Insane asylums in Bengal annual reports 1876-1887 - 1876-1887
Year: 1876
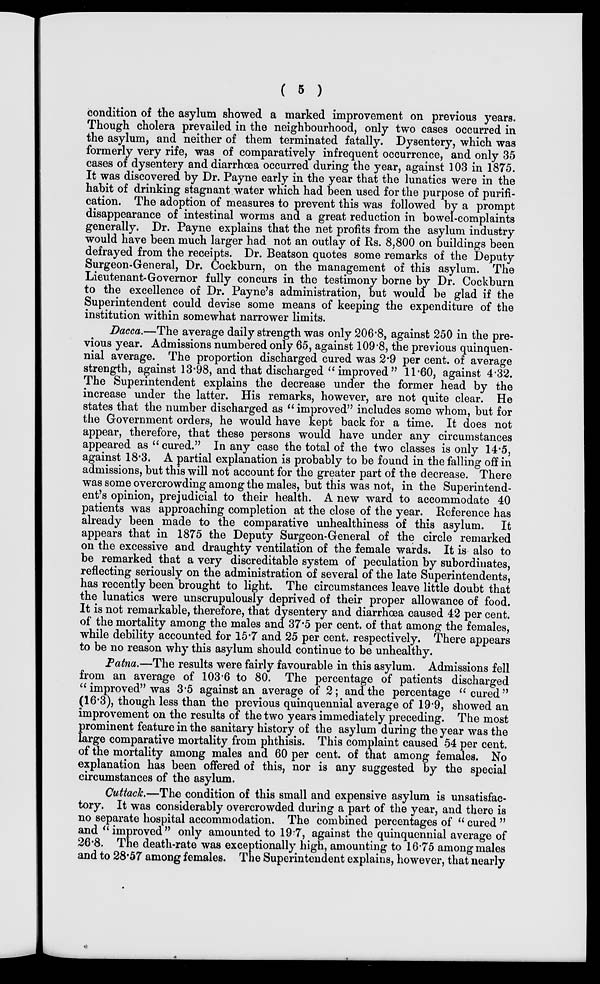
( 5 )
(condition of the asylum showed a marked improvement on previous years.
Though cholera prevailed in the neighbourhood, only two cases occurred in
the asylum, and neither of them terminated fatally. Dysentery, which was
formerly very rife, was of comparatively infrequent occurrence, and only 35
cases of dysentery and diarrhœa occurred during the year, against 103 in 1875.
It was discovered by Dr. Payne early in the year that the lunatics were in the
habit of drinking stagnant water which had been used for the purpose of purifi-
cation. The adoption of measures to prevent this was followed by a prompt
disappearance of intestinal worms and a great reduction in bowel-complaints
generally. Dr. Payne explains that the net profits from the asylum industry
would have been much larger had not an outlay of Rs. 8,800 on buildings been
defrayed from the receipts. Dr. Beatson quotes some remarks of the Deputy
Surgeon-General, Dr. Cockburn, on the management of this asylum. The
Lieutenant-Governor fully concurs in the testimony borne by Dr. Cockburn
to the excellence of Dr. Payne's administration, but would be glad if the
Superintendent could devise some means of keeping the expenditure of the
institution within somewhat narrower limits.
Dacca.—The average daily strength was only 206.8, against 250 in the pre-
vious year. Admissions numbered only 65, against 109.8, the previous quinquen-
nial average. The proportion discharged cured was 2.9 per cent. of average
strength, against 13.98, and that discharged " improved" 11.60, against 4.32.
The Superintendent explains the decrease under the former head by the
increase under the latter. His remarks, however, are not quite clear. He
states that the number discharged as " improved" includes some whom, but for
the Government orders, he would have kept back for a time. It does not
appear, therefore, that these persons would have under any circumstances
appeared as "cured." In any case the total of the two classes is only 14.5,
against 18.3. A partial explanation is probably to be found in the falling off in
admissions, but this will not account for the greater part of the decrease. There
was some overcrowding among the males, but this was not, in the Superintend-
ent's opinion, prejudicial to their health. A new ward to accommodate 40
patients was approaching completion at the close of the year. Reference has
already been made to the comparative unhealthiness of this asylum. It
appears that in 1875 the Deputy Surgeon-General of the circle remarked
on the excessive and draughty ventilation of the female wards. It is also to
be remarked that a very discreditable system of peculation by subordinates,
reflecting seriously on the administration of several of the late Superintendents,
has recently been brought to light. The circumstances leave little doubt that
the lunatics were unscrupulously deprived of their proper allowance of food.
It is not remarkable, therefore, that dysentery and diarrhœa caused 42 per cent.
of the mortality among the males and 37.5 per cent. of that among the females,
while debility accounted for 15.7 and 25 per cent. respectively. There appears
to be no reason why this asylum should continue to be unhealthy.
Patna.—The results were fairly favourable in this asylum. Admissions fell
from an average of 103.6 to 80. The percentage of patients discharged
" improved" was 3.5 against an average of 2; and the percentage "cured"
(16.3), though less than the previous quinquennial average of 19.9, showed an
improvement on the results of the two years immediately preceding. The most
prominent feature in the sanitary history of the asylum during the year was the
large comparative mortality from phthisis. This complaint caused 54 per cent.
of the mortality among males and 60 per cent. of that among females. No
explanation has been offered of this, nor is any suggested by the special
circumstances of the asylum.
Cuttack.—The condition of this small and expensive asylum is unsatisfac-
tory. It was considerably overcrowded during a part of the year, and there is
no separate hospital accommodation. The combined percentages of " cured "
and "improved" only amounted to 19.7, against the quinquennial average of
26.8. The death-rate was exceptionally high, amounting to 16.75 among males
and to 28.57 among females. The Superintendent explains, however, that nearly